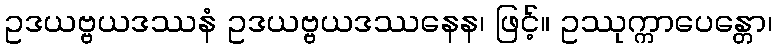
ဥဒယဗ္ဗယဒဿနံ ဥဒယဗ္ဗယဒဿနေန၊ ဖြင့်။ ဥဿုက္ကာပေန္တော၊